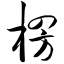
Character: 楞